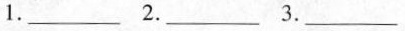
1.___ 2.___ 3.___